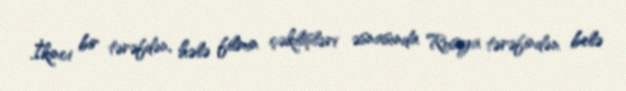
İkinci bir tərəfdən, hələ filmin çəkilişləri əsnasında Rusiya tərəfindən belə